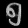
Digit: ၅